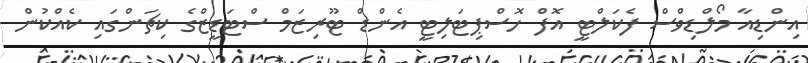
އިންޑިއާ މޯލްޑިވްސް ފެކަލްޓީ އޮފް ހޮސްޕިޓަލިޓީ އެންޑް ޓޫރިޒަމް ސްޓަޑީޒްގެ ކިޗަންގައި ކެއްކުން